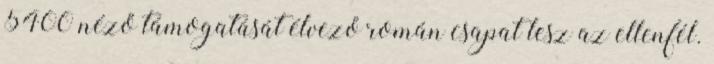
5400 néző támogatását élvező román csapat lesz az ellenfél.